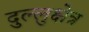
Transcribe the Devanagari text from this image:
दुल्लुक्षेत्र